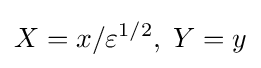
X=x/\varepsilon ^{1/2},\;Y=y